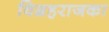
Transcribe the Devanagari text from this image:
विग्रहराजका